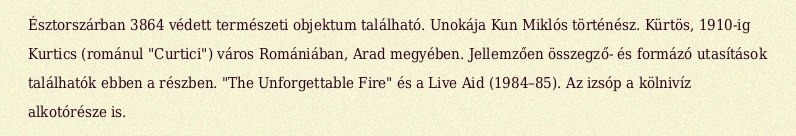
Észtorszárban 3864 védett természeti objektum található. Unokája Kun Miklós történész. Kürtös, 1910-ig Kurtics (románul "Curtici") város Romániában, Arad megyében. Jellemzően összegző- és formázó utasítások találhatók ebben a részben. "The Unforgettable Fire" és a Live Aid (1984–85). Az izsóp a kölnivíz alkotórésze is.